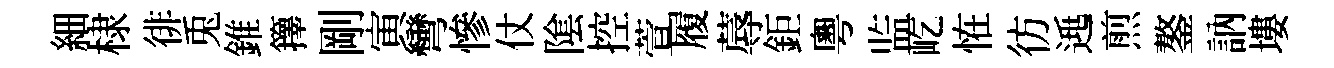
細棣徘兎錐籜剛寅彎慘仗隂控萱履蓐鉅粵监屹恠彷𨓱煎鏊訥塿